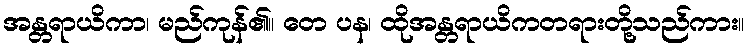
အန္တရာယိကာ၊ မည်ကုန်၏။ တေ ပန၊ ထိုအန္တရာယိကတရားတို့သည်ကား။